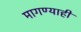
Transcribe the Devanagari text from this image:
मागण्याही